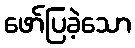
ဖော်ပြခဲ့သော